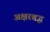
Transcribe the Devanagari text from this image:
अक्षरबद्ध